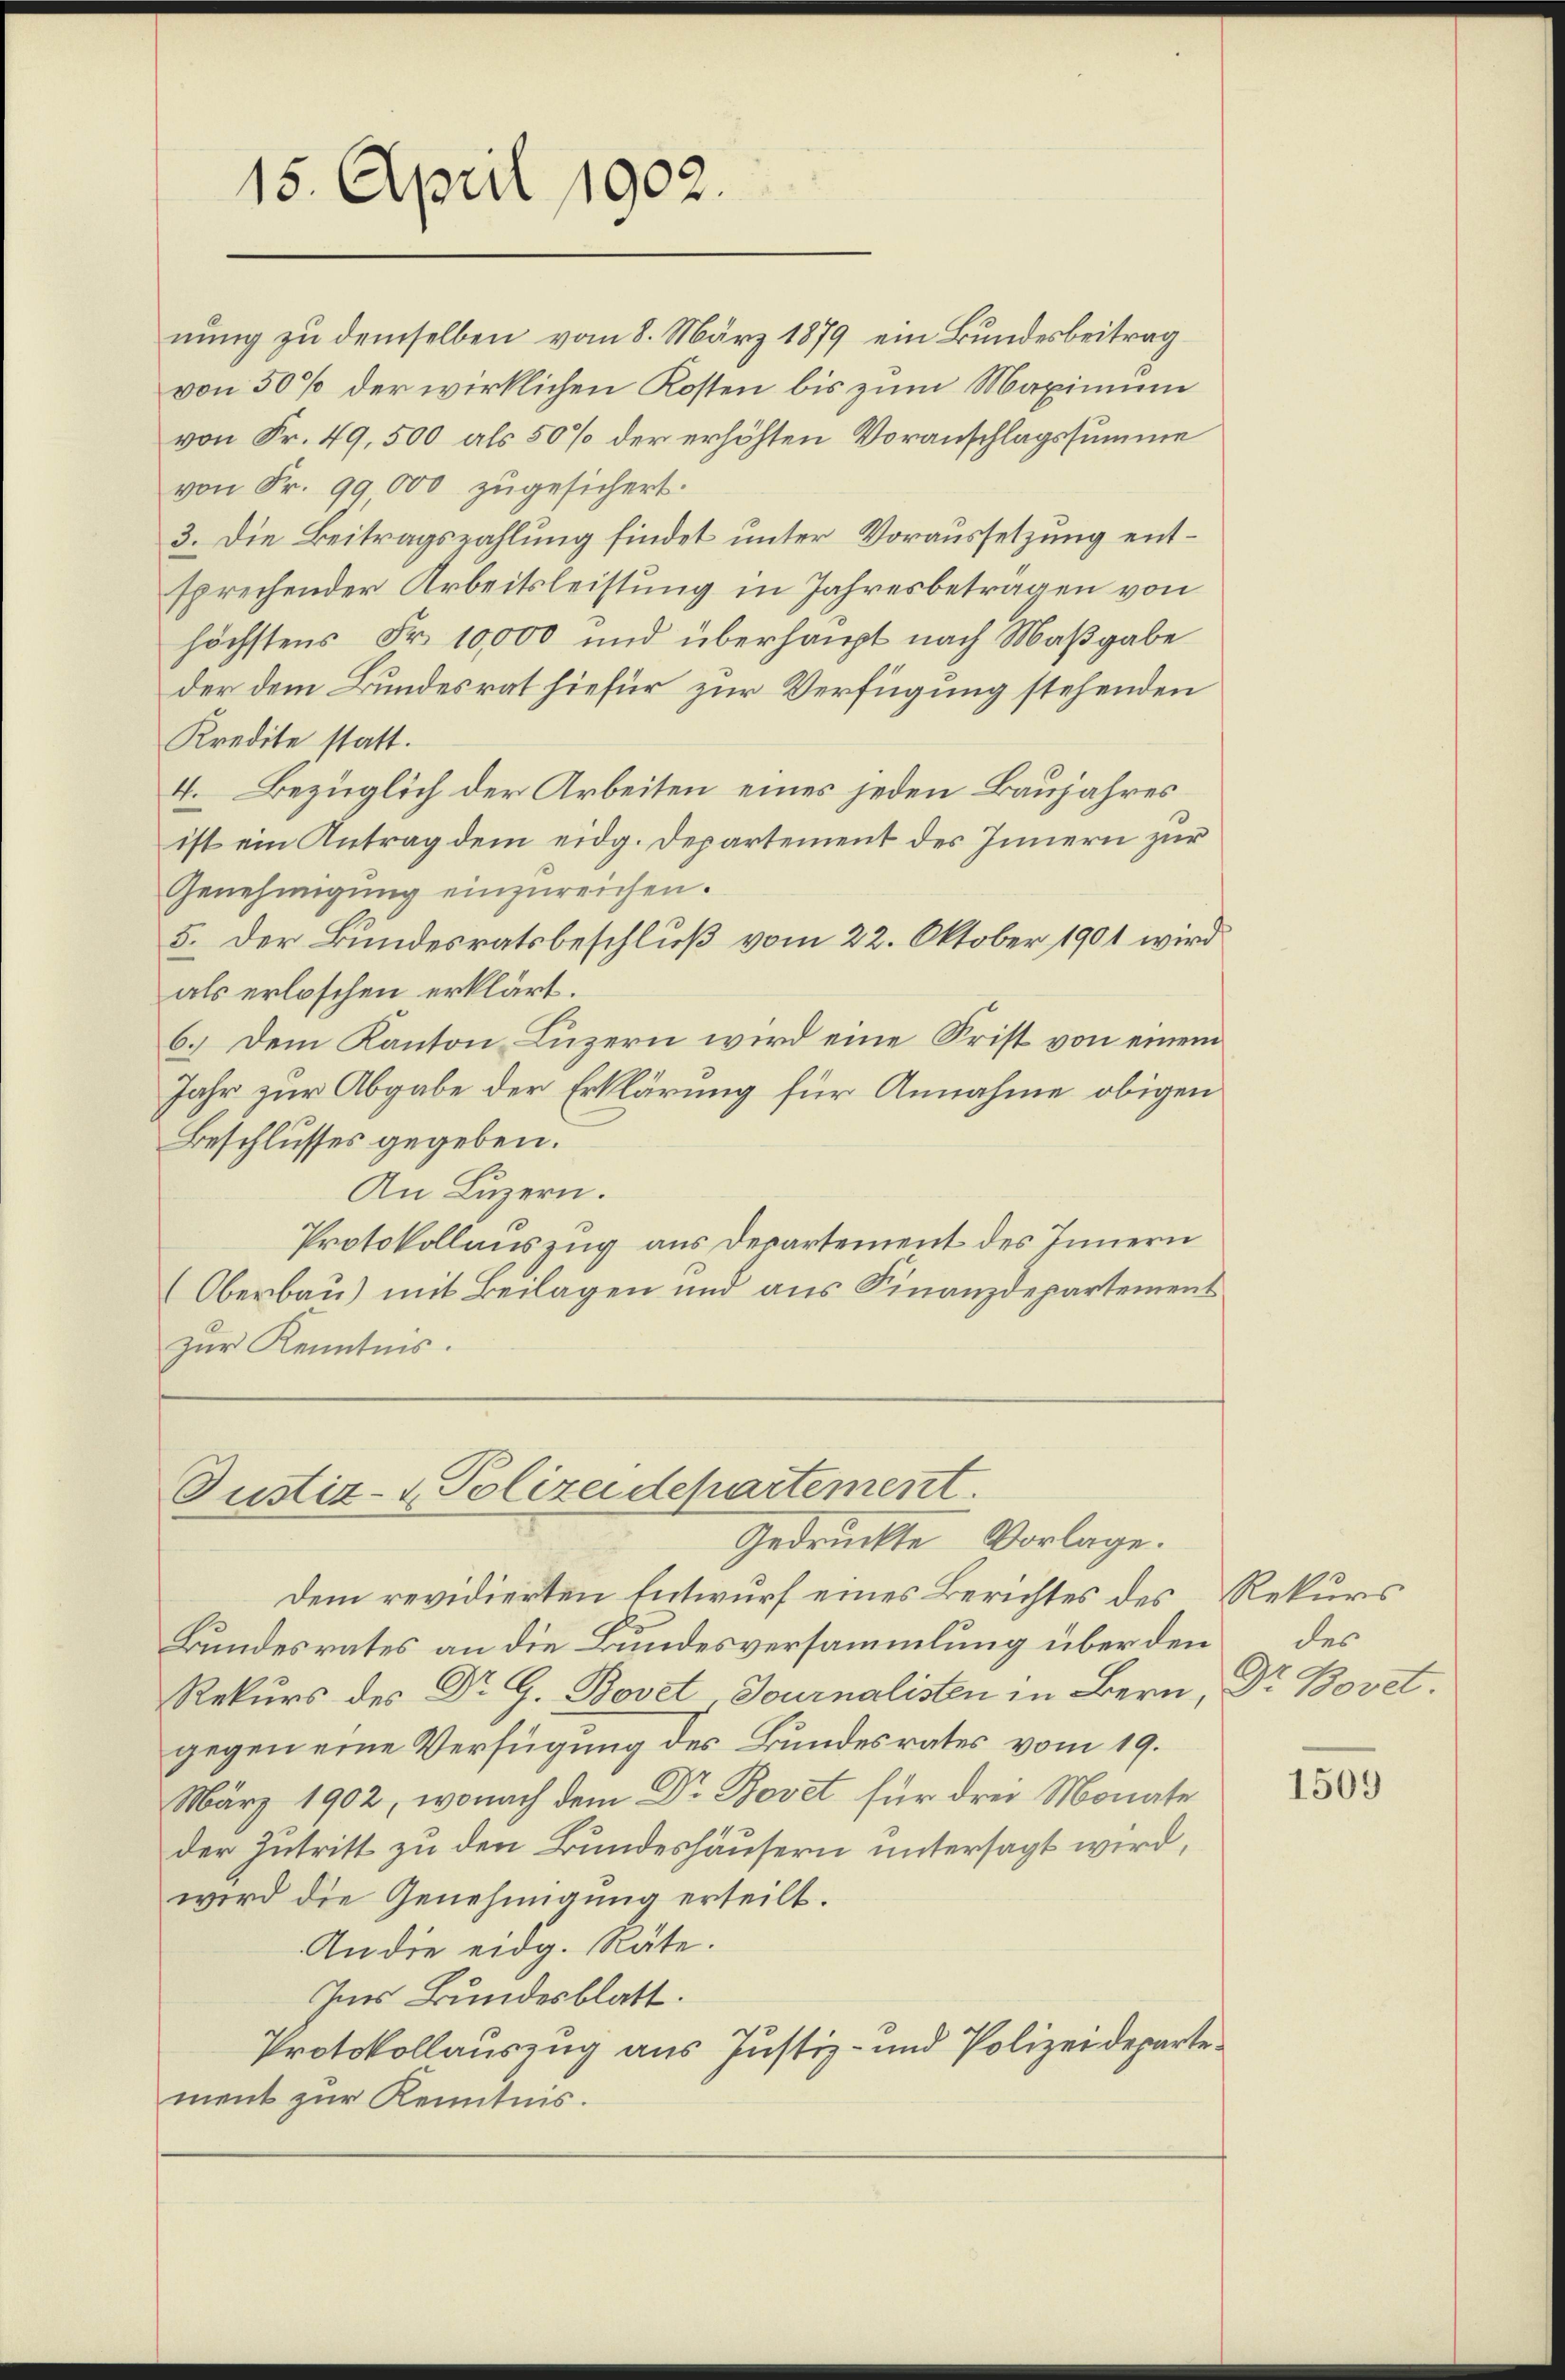
15. April 1902.

von Fr. 49,500 als 50% der erhöhten Voranschlagssumme
von Fr. 99,000 zugesichert.
3. Die Beitragszahlung findet unter Voraussetzung entsprechender Arbeitsleistung in Jahresbeträgen von
höchstens Fr. 10,000 und überhaupt nach Maßgabe
der dem Bundesrat hiefür zur Verfügung stehenden
Kredite statt.
4. Bezüglich der Arbeiten eines jeden Baujahres
ist ein Antrag dem eidg. Departement des Innern zur
Genehmigŭng einzŭreichen.
5. Der Bundesratsbeschluß vom 22. Oktober 1901 wird
als erloschen erklärt.
6.) Dem Kanton Luzern wird eine Frist von einem
Jahr zur Abgabe der Erklärung für Annahme obigen
Beschlusses gegeben.
An Luzern.
Protokollauszug aus Departement des Innern
(Oberbau) mit Beilagen und aus Finanzdepartement
zur Kenntnis.

Justiz- & Polizeidepartement.
Gedruckte Vorlage.

dem revidierten Entwurf eines Berichtes des Rekurs
Bundesrates an die Bundesversammlung überden des
Rekurs des Dr G. Bovet, Journalisten in Bern, Dr. Bovet.
gegen eine Verfügung des Bundesrates vom 19.
März 1902, wonach dem Dr. Bovet für drei Monate
der Zutritt zu den Bundeshäusern untersagt wird,
wird die Genehmigung erteilt.
An die eidg. Räte.
Ins Bundesblatt.
Protokollauszug aus Justiz- und Polizeidepartement zur Kenntnis.

nung zu demselben vom 8. März 1879 ein Bundesbeitrag
von 50% der wirklichen Kosten bis zum Maximum

1509